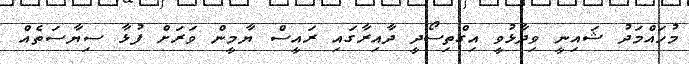
މުހައްމަދު ޝައިނީ ވިދާޅުވީ އިގްތިސޯދީ ދާއިރާގައި ރައީސް ޔާމީން ވަރަށް ފުޅާ ސިޔާސަތެއް